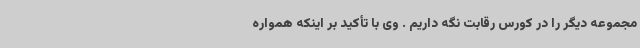
مجموعه دیگر را در کورس رقابت نگه داریم . وی با تأکید بر اینکه همواره